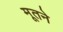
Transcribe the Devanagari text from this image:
मूतने